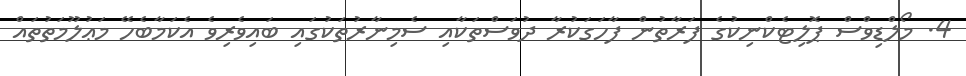
4. މޯލްޑިވްސް ޕޮލިޓެކްނިކުގެ ފަރާތުން ފާހަގަކުރާ ދުވަސްތަކާއި ސެމިނާރުތަކުގައި ބައިވެރިވެ އެކަމާބެހޭ މަޢުލޫމަތުތައް